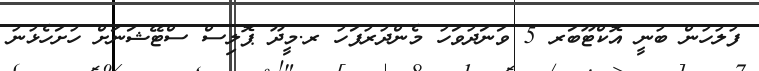
ފުލުހުން ބުނީ އޮކްޓޫބަރ 5 ވަނަދުވަހު މެންދުރުފަހު ރ.މީދޫ ޕޮލިސް ސްޓޭޝަނަށް ހުށަހެޅުނު